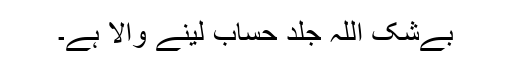
بےشک اللہ جلد حساب لینے والا ہے۔